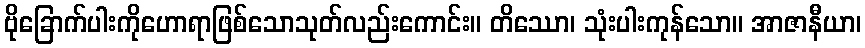
ဗိုခြောက်ပါးကိုဟောရာဖြစ်သောသုတ်လည်းကောင်း။ တိဿော၊ သုံးပါးကုန်သော။ အာဇာနီယာ၊